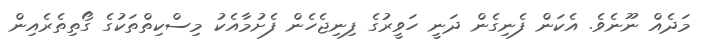
މަދެއް ނޫނެވެ. އެކަން ފެނިގެން ދަނީ ހަވީރުގެ ފިނިޖެހެން ފެށުމާއެކު މިސްކިތްތަކުގެ ގޯތިތެރެއިން